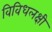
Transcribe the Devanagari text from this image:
विविधलक्षी